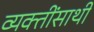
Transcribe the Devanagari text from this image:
व्यक्तींसाथी